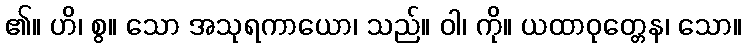
၏။ ဟိ၊ စွ။ သော အသုရကာယော၊ သည်။ ဝါ၊ ကို။ ယထာဝုတ္တေန၊ သော။